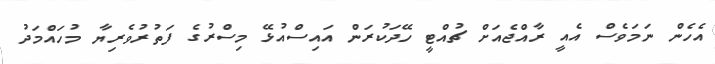
އެހެން ނަމަވެސް އެއީ ރާއްޖެއަށް ޗުއްޓީ ހޭދަކުރަން އައިސްއުޅޭ މިސްރުގެ ފަތުރުވެރިޔާ މުހައްމަދު